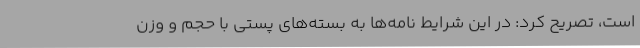
است، تصریح کرد: در این شرایط نامه‌ها به بسته‌های پستی با حجم و وزن